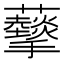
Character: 𧅩